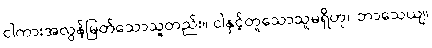
ငါကားအလွန်မြတ်သောသူတည်း။ ငါနှင့်တူသောသူမရှိဟု။ ဘာသေယျ၊